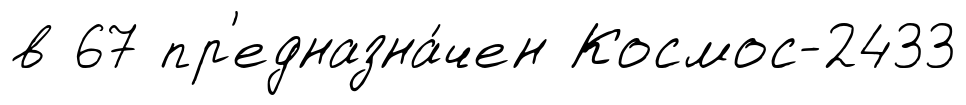
в 67 пр'едназна́чен Космос-2433